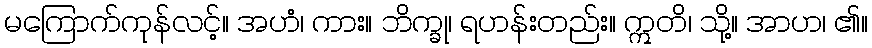
မကြောက်ကုန်လင့်။ အဟံ၊ ကား။ ဘိက္ခု၊ ရဟန်းတည်း။ ဣတိ၊ သို့။ အာဟ၊ ၏။